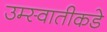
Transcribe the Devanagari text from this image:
उम्स्वातीकडे